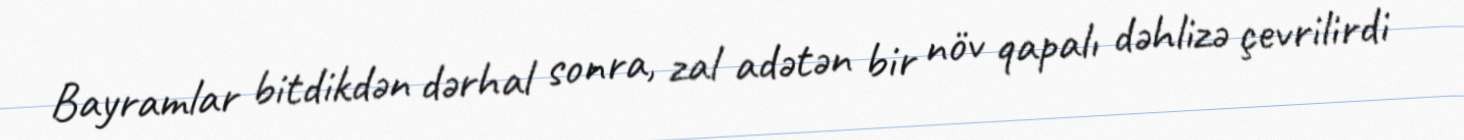
Bayramlar bitdikdən dərhal sonra, zal adətən bir növ qapalı dəhlizə çevrilirdi